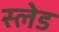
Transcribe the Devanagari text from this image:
स्‍लेड